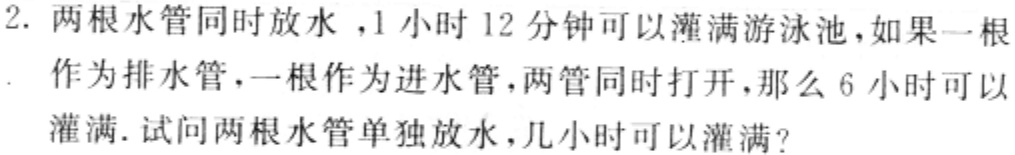
2. 两根水管同时放水，1小时12分钟可以灌满游泳池，如果一根作为排水管，一根作为进水管，两管同时打开，那么6小时可以灌满. 试问两根水管单独放水，几小时可以灌满？